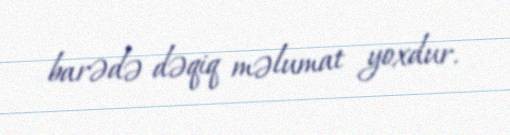
barədə dəqiq məlumat yoxdur.